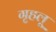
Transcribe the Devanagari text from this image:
गृहलू